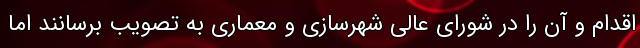
اقدام و آن را در شورای عالی شهرسازی و معماری به تصویب برسانند اما